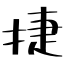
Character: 捷